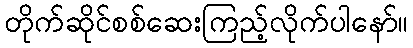
တိုက်ဆိုင်စစ်ဆေးကြည့်လိုက်ပါနော်။